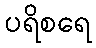
ပရိစရေ